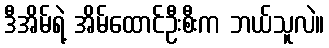
ဒီအိမ်ရဲ့ အိမ်ထောင်ဦးစီးက ဘယ်သူလဲ။